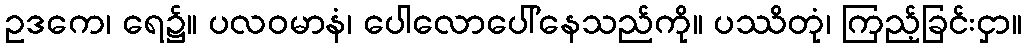
ဥဒကေ၊ ရေ၌။ ပလဝမာနံ၊ ပေါလောပေါ်နေသည်ကို။ ပဿိတုံ၊ ကြည့်ခြင်းငှာ။